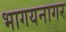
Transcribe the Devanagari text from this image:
भागयनागर